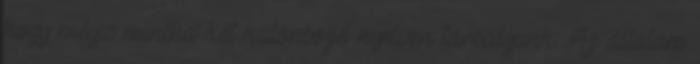
hogy mégis mintha két különböző nyelven társalgunk. Az általam